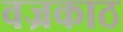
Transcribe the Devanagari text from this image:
वज्रकाठ